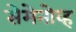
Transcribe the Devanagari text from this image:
सेमेनोव्ह